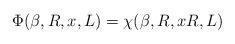
LaTeX: \begin{align*}\Phi ( \beta , R , x , L ) = \chi ( \beta , R , xR, L )\end{align*}